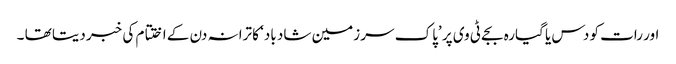
اور رات کو دس یا گیارہ بجے ٹی وی پر ’پاک سر زمین شاد باد‘ کا ترانہ دن کے اختتام کی خبر دیتا تھا ۔